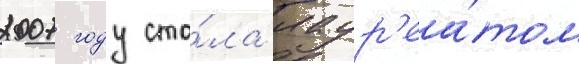
2007 году ста́ла лаур'еа́том